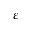
\varepsilon